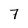
Character: 7